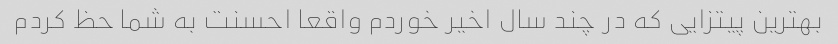
بهترین پیتزایی که در چند سال اخیر خوردم واقعا احسنت به شما حظ کردم